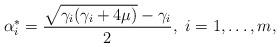
LaTeX: \begin{align*}\alpha_i^* = \frac{\sqrt{\gamma_i(\gamma_i+4\mu)}-\gamma_i}{2}, \ i=1,\ldots,m, \end{align*}